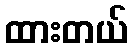
ထားတယ်